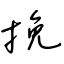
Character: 挽